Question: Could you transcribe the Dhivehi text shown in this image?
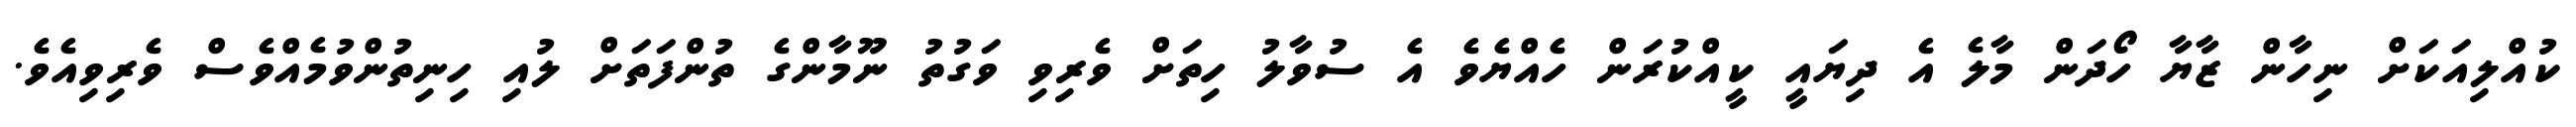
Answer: ކުއްލިއަކަށް ނިހާން ޒާޔާ ހޯދަން މާލެ އެ ދިޔައީ ކީއްކުރަން ހެއްޔެވެ އެ ސުވާލު ހިތަށް ވެރިވި ވަގުތު ނޫމާންގެ ތުންފަތަށް ލުއި ހިނިތުންވުމެއްވެސް ވެރިވިއެވެ.